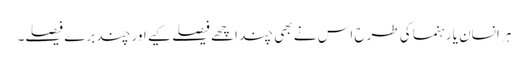
ہر انسان یا رہنما کی طرح اس نے بھی چند اچھے فیصلے کیے اور چند برے فیصلے۔